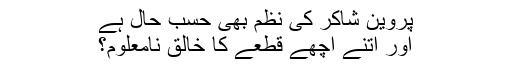
پروین شاکر کی نظم بھی حسب حال ہے
اور اتنے اچھے قطعے کا خالق نامعلوم؟